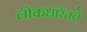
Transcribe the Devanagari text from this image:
लोकधारेतले